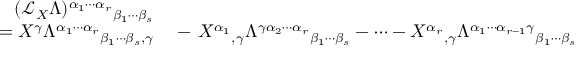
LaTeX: \begin{array} { r l } { ( { \mathcal { L } } _ { X } \Lambda ) ^ { \alpha _ { 1 } \cdots \alpha _ { r } } { } _ { \beta _ { 1 } \cdots \beta _ { s } } } & { { } } \\ { = X ^ { \gamma } \Lambda ^ { \alpha _ { 1 } \cdots \alpha _ { r } } { } _ { \beta _ { 1 } \cdots \beta _ { s } , \gamma } } & { { } - \, X ^ { \alpha _ { 1 } } { } _ { , \gamma } \Lambda ^ { \gamma \alpha _ { 2 } \cdots \alpha _ { r } } { } _ { \beta _ { 1 } \cdots \beta _ { s } } - \cdots - X ^ { \alpha _ { r } } { } _ { , \gamma } \Lambda ^ { \alpha _ { 1 } \cdots \alpha _ { r - 1 } \gamma } { } _ { \beta _ { 1 } \cdots \beta _ { s } } } \end{array}